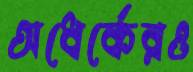
অধের্কেরও